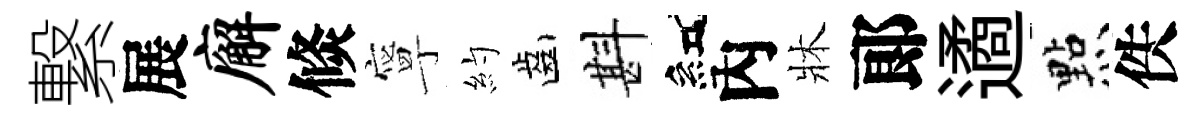
繋展廨倐寧約齒斟紅內牀郞遹㸃佚